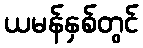
ယမန်နှစ်တွင်